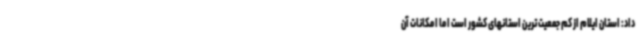
داد: استان ایلام از کم جمعیت ترین استانهای کشور است اما امکانات آن